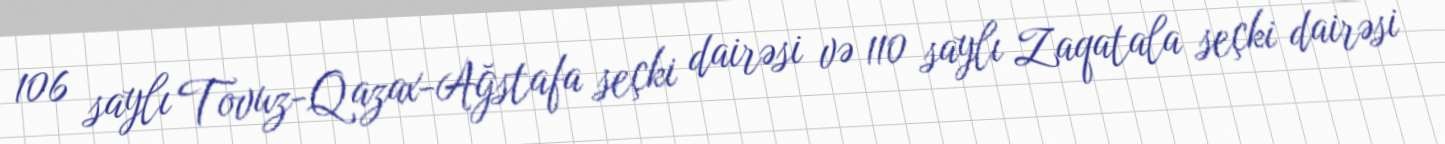
106 saylı Tovuz-Qazax-Ağstafa seçki dairəsi və 110 saylı Zaqatala seçki dairəsi